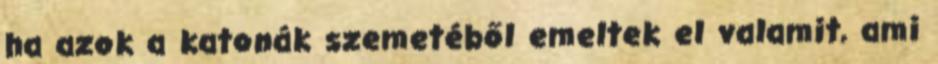
ha azok a katonák szemetéből emeltek el valamit, ami